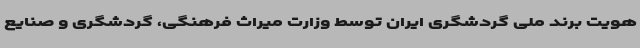
هویت برند ملی گردشگری ایران توسط وزارت میراث فرهنگی، گردشگری و صنایع